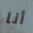
أنا